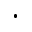
\cdot